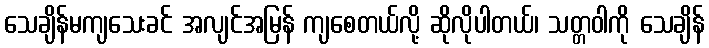
သေချိန်မကျသေးခင် အလျင်အမြန် ကျစေတယ်လို့ ဆိုလိုပါတယ်၊ သတ္တဝါကို သေချိန်